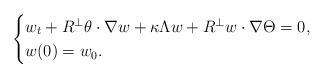
\begin{align*}\begin{cases}w_t+R^\perp \theta\cdot\nabla w+\kappa\Lambda w+R^\perp w\cdot\nabla\Theta=0, \\w(0)=w_0.\end{cases}\end{align*}